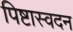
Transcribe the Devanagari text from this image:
पिष्टास्वदन